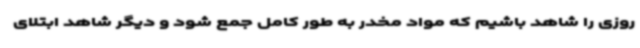
روزی را شاهد باشیم که مواد مخدر به طور کامل جمع شود و دیگر شاهد ابتلای